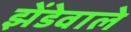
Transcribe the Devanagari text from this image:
झेंडेवाले